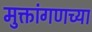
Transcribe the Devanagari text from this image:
मुक्तांगणच्या